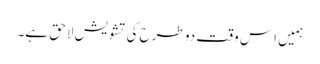
ہمیں اِس وقت دو طرح کی تشویش لاحق ہے۔